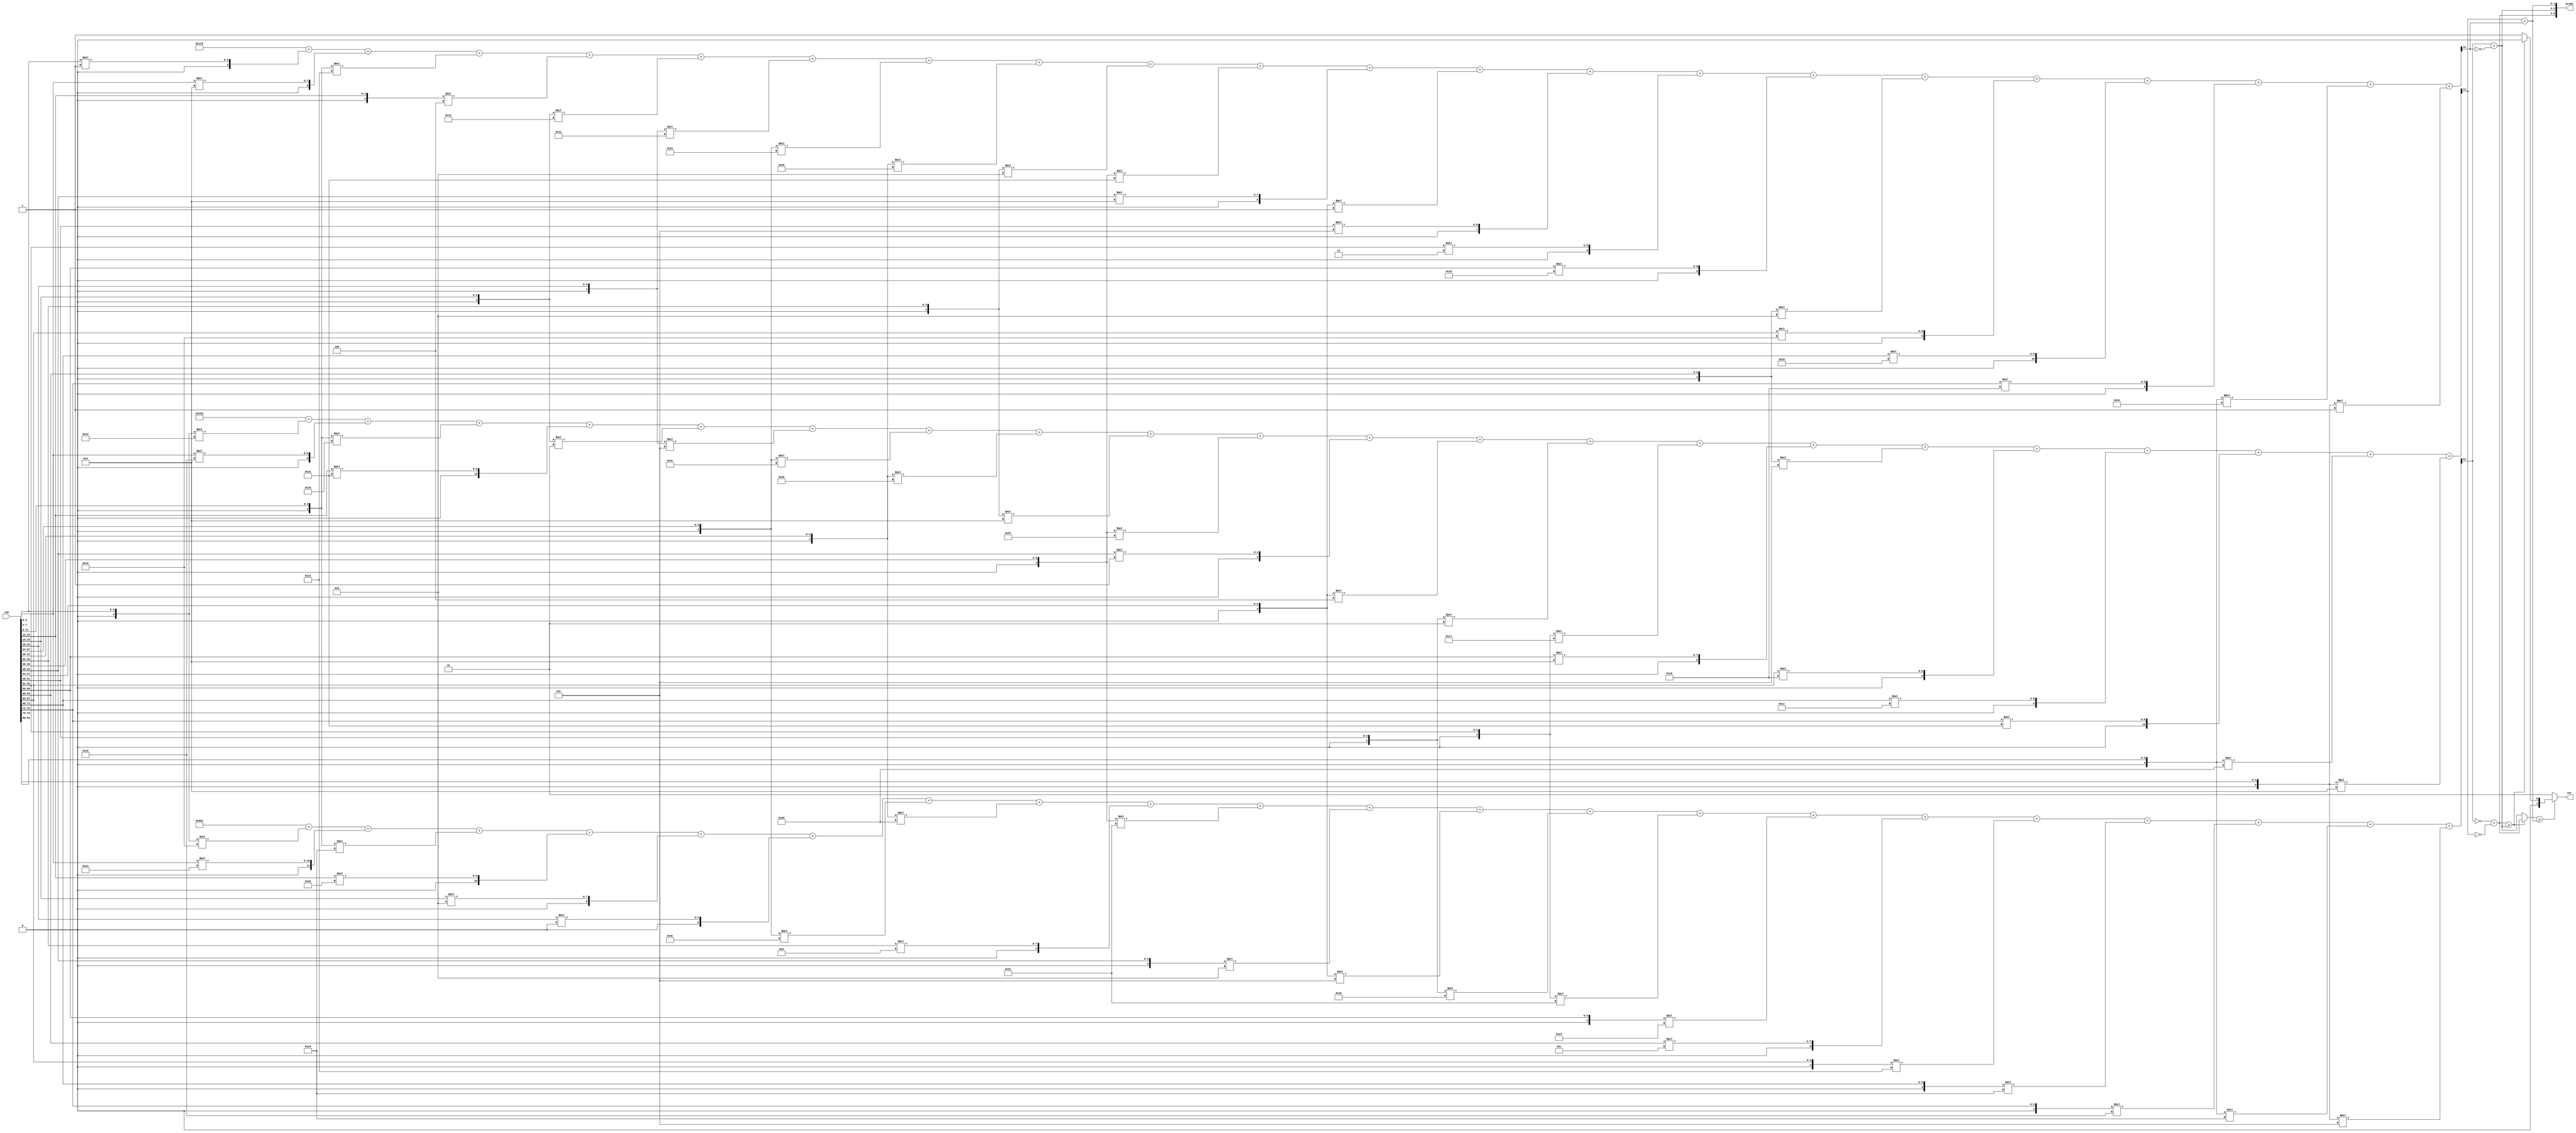
//weights: [[-12, 68, -28, 42, 8, 0, -36, -40, 9, -20, -8, -3, -16, -20, -17, 12, -13, -28, -11, -28, -3], [-29, 21, -10, 34, -2, -3, -52, -46, -6, -33, 1, -4, -2, -9, 10, -3, 25, 28, 34, -40, -6], [1, 10, -13, -4, -14, -15, -31, -23, -8, -30, 10, -1, 5, 3, 24, -8, 20, 37, 25, -18, -1]]
//intercepts: [1374, 346, -231]
//act size: [4, 13]
//pred num: 3
module top (inp, predo, out);
input [83:0] inp;
output [5:0] predo;
output [1:0] out;

// classifier: 0
    wire signed [11:0] n_0_0_po_0;
    //weight -12: 8'sb11110100
    assign n_0_0_po_0 = $signed({1'b0, inp[3:0]}) * 8'sb11110100;

    wire signed [11:0] n_0_0_po_1;
    //weight 68: 8'sb01000100
    assign n_0_0_po_1 = $signed({1'b0, inp[7:4]}) * 8'sb01000100;

    wire signed [11:0] n_0_0_po_2;
    //weight -28: 8'sb11100100
    assign n_0_0_po_2 = $signed({1'b0, inp[11:8]}) * 8'sb11100100;

    wire signed [11:0] n_0_0_po_3;
    //weight 42: 8'sb00101010
    assign n_0_0_po_3 = $signed({1'b0, inp[15:12]}) * 8'sb00101010;

    wire signed [11:0] n_0_0_po_4;
    //weight 8: 8'sb00001000
    assign n_0_0_po_4 = $signed({1'b0, inp[19:16]}) * 8'sb00001000;

    wire signed [11:0] n_0_0_po_5;
    //weight 0: 8'sb00000000
    assign n_0_0_po_5 = $signed({1'b0, inp[23:20]}) * 8'sb00000000;

    wire signed [11:0] n_0_0_po_6;
    //weight -36: 8'sb11011100
    assign n_0_0_po_6 = $signed({1'b0, inp[27:24]}) * 8'sb11011100;

    wire signed [11:0] n_0_0_po_7;
    //weight -40: 8'sb11011000
    assign n_0_0_po_7 = $signed({1'b0, inp[31:28]}) * 8'sb11011000;

    wire signed [11:0] n_0_0_po_8;
    //weight 9: 8'sb00001001
    assign n_0_0_po_8 = $signed({1'b0, inp[35:32]}) * 8'sb00001001;

    wire signed [11:0] n_0_0_po_9;
    //weight -20: 8'sb11101100
    assign n_0_0_po_9 = $signed({1'b0, inp[39:36]}) * 8'sb11101100;

    wire signed [11:0] n_0_0_po_10;
    //weight -8: 8'sb11111000
    assign n_0_0_po_10 = $signed({1'b0, inp[43:40]}) * 8'sb11111000;

    wire signed [11:0] n_0_0_po_11;
    //weight -3: 8'sb11111101
    assign n_0_0_po_11 = $signed({1'b0, inp[47:44]}) * 8'sb11111101;

    wire signed [11:0] n_0_0_po_12;
    //weight -16: 8'sb11110000
    assign n_0_0_po_12 = $signed({1'b0, inp[51:48]}) * 8'sb11110000;

    wire signed [11:0] n_0_0_po_13;
    //weight -20: 8'sb11101100
    assign n_0_0_po_13 = $signed({1'b0, inp[55:52]}) * 8'sb11101100;

    wire signed [11:0] n_0_0_po_14;
    //weight -17: 8'sb11101111
    assign n_0_0_po_14 = $signed({1'b0, inp[59:56]}) * 8'sb11101111;

    wire signed [11:0] n_0_0_po_15;
    //weight 12: 8'sb00001100
    assign n_0_0_po_15 = $signed({1'b0, inp[63:60]}) * 8'sb00001100;

    wire signed [11:0] n_0_0_po_16;
    //weight -13: 8'sb11110011
    assign n_0_0_po_16 = $signed({1'b0, inp[67:64]}) * 8'sb11110011;

    wire signed [11:0] n_0_0_po_17;
    //weight -28: 8'sb11100100
    assign n_0_0_po_17 = $signed({1'b0, inp[71:68]}) * 8'sb11100100;

    wire signed [11:0] n_0_0_po_18;
    //weight -11: 8'sb11110101
    assign n_0_0_po_18 = $signed({1'b0, inp[75:72]}) * 8'sb11110101;

    wire signed [11:0] n_0_0_po_19;
    //weight -28: 8'sb11100100
    assign n_0_0_po_19 = $signed({1'b0, inp[79:76]}) * 8'sb11100100;

    wire signed [11:0] n_0_0_po_20;
    //weight -3: 8'sb11111101
    assign n_0_0_po_20 = $signed({1'b0, inp[83:80]}) * 8'sb11111101;

    wire signed [12:0] n_0_0_sum;
    assign n_0_0_sum = 1374 + n_0_0_po_0 + n_0_0_po_1 + n_0_0_po_2 + n_0_0_po_3 + n_0_0_po_4 + n_0_0_po_5 + n_0_0_po_6 + n_0_0_po_7 + n_0_0_po_8 + n_0_0_po_9 + n_0_0_po_10 + n_0_0_po_11 + n_0_0_po_12 + n_0_0_po_13 + n_0_0_po_14 + n_0_0_po_15 + n_0_0_po_16 + n_0_0_po_17 + n_0_0_po_18 + n_0_0_po_19 + n_0_0_po_20;
    wire n_0_0;
    assign n_0_0 = n_0_0_sum[12];

// classifier: 1
    wire signed [11:0] n_0_1_po_0;
    //weight -29: 8'sb11100011
    assign n_0_1_po_0 = $signed({1'b0, inp[3:0]}) * 8'sb11100011;

    wire signed [11:0] n_0_1_po_1;
    //weight 21: 8'sb00010101
    assign n_0_1_po_1 = $signed({1'b0, inp[7:4]}) * 8'sb00010101;

    wire signed [11:0] n_0_1_po_2;
    //weight -10: 8'sb11110110
    assign n_0_1_po_2 = $signed({1'b0, inp[11:8]}) * 8'sb11110110;

    wire signed [11:0] n_0_1_po_3;
    //weight 34: 8'sb00100010
    assign n_0_1_po_3 = $signed({1'b0, inp[15:12]}) * 8'sb00100010;

    wire signed [11:0] n_0_1_po_4;
    //weight -2: 8'sb11111110
    assign n_0_1_po_4 = $signed({1'b0, inp[19:16]}) * 8'sb11111110;

    wire signed [11:0] n_0_1_po_5;
    //weight -3: 8'sb11111101
    assign n_0_1_po_5 = $signed({1'b0, inp[23:20]}) * 8'sb11111101;

    wire signed [11:0] n_0_1_po_6;
    //weight -52: 8'sb11001100
    assign n_0_1_po_6 = $signed({1'b0, inp[27:24]}) * 8'sb11001100;

    wire signed [11:0] n_0_1_po_7;
    //weight -46: 8'sb11010010
    assign n_0_1_po_7 = $signed({1'b0, inp[31:28]}) * 8'sb11010010;

    wire signed [11:0] n_0_1_po_8;
    //weight -6: 8'sb11111010
    assign n_0_1_po_8 = $signed({1'b0, inp[35:32]}) * 8'sb11111010;

    wire signed [11:0] n_0_1_po_9;
    //weight -33: 8'sb11011111
    assign n_0_1_po_9 = $signed({1'b0, inp[39:36]}) * 8'sb11011111;

    wire signed [11:0] n_0_1_po_10;
    //weight 1: 8'sb00000001
    assign n_0_1_po_10 = $signed({1'b0, inp[43:40]}) * 8'sb00000001;

    wire signed [11:0] n_0_1_po_11;
    //weight -4: 8'sb11111100
    assign n_0_1_po_11 = $signed({1'b0, inp[47:44]}) * 8'sb11111100;

    wire signed [11:0] n_0_1_po_12;
    //weight -2: 8'sb11111110
    assign n_0_1_po_12 = $signed({1'b0, inp[51:48]}) * 8'sb11111110;

    wire signed [11:0] n_0_1_po_13;
    //weight -9: 8'sb11110111
    assign n_0_1_po_13 = $signed({1'b0, inp[55:52]}) * 8'sb11110111;

    wire signed [11:0] n_0_1_po_14;
    //weight 10: 8'sb00001010
    assign n_0_1_po_14 = $signed({1'b0, inp[59:56]}) * 8'sb00001010;

    wire signed [11:0] n_0_1_po_15;
    //weight -3: 8'sb11111101
    assign n_0_1_po_15 = $signed({1'b0, inp[63:60]}) * 8'sb11111101;

    wire signed [11:0] n_0_1_po_16;
    //weight 25: 8'sb00011001
    assign n_0_1_po_16 = $signed({1'b0, inp[67:64]}) * 8'sb00011001;

    wire signed [11:0] n_0_1_po_17;
    //weight 28: 8'sb00011100
    assign n_0_1_po_17 = $signed({1'b0, inp[71:68]}) * 8'sb00011100;

    wire signed [11:0] n_0_1_po_18;
    //weight 34: 8'sb00100010
    assign n_0_1_po_18 = $signed({1'b0, inp[75:72]}) * 8'sb00100010;

    wire signed [11:0] n_0_1_po_19;
    //weight -40: 8'sb11011000
    assign n_0_1_po_19 = $signed({1'b0, inp[79:76]}) * 8'sb11011000;

    wire signed [11:0] n_0_1_po_20;
    //weight -6: 8'sb11111010
    assign n_0_1_po_20 = $signed({1'b0, inp[83:80]}) * 8'sb11111010;

    wire signed [12:0] n_0_1_sum;
    assign n_0_1_sum = 346 + n_0_1_po_0 + n_0_1_po_1 + n_0_1_po_2 + n_0_1_po_3 + n_0_1_po_4 + n_0_1_po_5 + n_0_1_po_6 + n_0_1_po_7 + n_0_1_po_8 + n_0_1_po_9 + n_0_1_po_10 + n_0_1_po_11 + n_0_1_po_12 + n_0_1_po_13 + n_0_1_po_14 + n_0_1_po_15 + n_0_1_po_16 + n_0_1_po_17 + n_0_1_po_18 + n_0_1_po_19 + n_0_1_po_20;
    wire n_0_1;
    assign n_0_1 = n_0_1_sum[12];

// classifier: 2
    wire signed [11:0] n_0_2_po_0;
    //weight 1: 8'sb00000001
    assign n_0_2_po_0 = $signed({1'b0, inp[3:0]}) * 8'sb00000001;

    wire signed [11:0] n_0_2_po_1;
    //weight 10: 8'sb00001010
    assign n_0_2_po_1 = $signed({1'b0, inp[7:4]}) * 8'sb00001010;

    wire signed [11:0] n_0_2_po_2;
    //weight -13: 8'sb11110011
    assign n_0_2_po_2 = $signed({1'b0, inp[11:8]}) * 8'sb11110011;

    wire signed [11:0] n_0_2_po_3;
    //weight -4: 8'sb11111100
    assign n_0_2_po_3 = $signed({1'b0, inp[15:12]}) * 8'sb11111100;

    wire signed [11:0] n_0_2_po_4;
    //weight -14: 8'sb11110010
    assign n_0_2_po_4 = $signed({1'b0, inp[19:16]}) * 8'sb11110010;

    wire signed [11:0] n_0_2_po_5;
    //weight -15: 8'sb11110001
    assign n_0_2_po_5 = $signed({1'b0, inp[23:20]}) * 8'sb11110001;

    wire signed [11:0] n_0_2_po_6;
    //weight -31: 8'sb11100001
    assign n_0_2_po_6 = $signed({1'b0, inp[27:24]}) * 8'sb11100001;

    wire signed [11:0] n_0_2_po_7;
    //weight -23: 8'sb11101001
    assign n_0_2_po_7 = $signed({1'b0, inp[31:28]}) * 8'sb11101001;

    wire signed [11:0] n_0_2_po_8;
    //weight -8: 8'sb11111000
    assign n_0_2_po_8 = $signed({1'b0, inp[35:32]}) * 8'sb11111000;

    wire signed [11:0] n_0_2_po_9;
    //weight -30: 8'sb11100010
    assign n_0_2_po_9 = $signed({1'b0, inp[39:36]}) * 8'sb11100010;

    wire signed [11:0] n_0_2_po_10;
    //weight 10: 8'sb00001010
    assign n_0_2_po_10 = $signed({1'b0, inp[43:40]}) * 8'sb00001010;

    wire signed [11:0] n_0_2_po_11;
    //weight -1: 8'sb11111111
    assign n_0_2_po_11 = $signed({1'b0, inp[47:44]}) * 8'sb11111111;

    wire signed [11:0] n_0_2_po_12;
    //weight 5: 8'sb00000101
    assign n_0_2_po_12 = $signed({1'b0, inp[51:48]}) * 8'sb00000101;

    wire signed [11:0] n_0_2_po_13;
    //weight 3: 8'sb00000011
    assign n_0_2_po_13 = $signed({1'b0, inp[55:52]}) * 8'sb00000011;

    wire signed [11:0] n_0_2_po_14;
    //weight 24: 8'sb00011000
    assign n_0_2_po_14 = $signed({1'b0, inp[59:56]}) * 8'sb00011000;

    wire signed [11:0] n_0_2_po_15;
    //weight -8: 8'sb11111000
    assign n_0_2_po_15 = $signed({1'b0, inp[63:60]}) * 8'sb11111000;

    wire signed [11:0] n_0_2_po_16;
    //weight 20: 8'sb00010100
    assign n_0_2_po_16 = $signed({1'b0, inp[67:64]}) * 8'sb00010100;

    wire signed [11:0] n_0_2_po_17;
    //weight 37: 8'sb00100101
    assign n_0_2_po_17 = $signed({1'b0, inp[71:68]}) * 8'sb00100101;

    wire signed [11:0] n_0_2_po_18;
    //weight 25: 8'sb00011001
    assign n_0_2_po_18 = $signed({1'b0, inp[75:72]}) * 8'sb00011001;

    wire signed [11:0] n_0_2_po_19;
    //weight -18: 8'sb11101110
    assign n_0_2_po_19 = $signed({1'b0, inp[79:76]}) * 8'sb11101110;

    wire signed [11:0] n_0_2_po_20;
    //weight -1: 8'sb11111111
    assign n_0_2_po_20 = $signed({1'b0, inp[83:80]}) * 8'sb11111111;

    wire signed [12:0] n_0_2_sum;
    assign n_0_2_sum = -231 + n_0_2_po_0 + n_0_2_po_1 + n_0_2_po_2 + n_0_2_po_3 + n_0_2_po_4 + n_0_2_po_5 + n_0_2_po_6 + n_0_2_po_7 + n_0_2_po_8 + n_0_2_po_9 + n_0_2_po_10 + n_0_2_po_11 + n_0_2_po_12 + n_0_2_po_13 + n_0_2_po_14 + n_0_2_po_15 + n_0_2_po_16 + n_0_2_po_17 + n_0_2_po_18 + n_0_2_po_19 + n_0_2_po_20;
    wire n_0_2;
    assign n_0_2 = n_0_2_sum[12];

// decisionMatrix inp: n_0_0, n_0_1, n_0_2
    wire dm_cmp_0_1, dm_cmp_1_0;
    assign dm_cmp_0_1 = ~n_0_0;
    assign dm_cmp_1_0 = n_0_0;

    wire dm_cmp_0_2, dm_cmp_2_0;
    assign dm_cmp_0_2 = ~n_0_1;
    assign dm_cmp_2_0 = n_0_1;

    wire dm_cmp_1_2, dm_cmp_2_1;
    assign dm_cmp_1_2 = ~n_0_2;
    assign dm_cmp_2_1 = n_0_2;

    wire [1:0] dm_sum_0;
    assign dm_sum_0 = dm_cmp_0_1 + dm_cmp_0_2;
    wire [1:0] dm_sum_1;
    assign dm_sum_1 = dm_cmp_1_0 + dm_cmp_1_2;
    wire [1:0] dm_sum_2;
    assign dm_sum_2 = dm_cmp_2_0 + dm_cmp_2_1;

    assign predo = {dm_sum_0,dm_sum_1,dm_sum_2};
// argmax: 3 classes, need 2 bits
// argmax inp: dm_sum_0, dm_sum_1, dm_sum_2
    //comp level 0
    wire cmp_0_0;
    wire [1:0] argmax_val_0_0;
    wire [1:0] argmax_idx_0_0;
    assign {cmp_0_0} = ( dm_sum_0 >= dm_sum_1 );
    assign {argmax_val_0_0} = ( cmp_0_0 ) ? dm_sum_0 : dm_sum_1;
    assign {argmax_idx_0_0} = ( cmp_0_0 ) ? 2'b00 : 2'b01;

    //comp level 1
    wire cmp_1_0;
    wire [1:0] argmax_val_1_0;
    wire [1:0] argmax_idx_1_0;
    assign {cmp_1_0} = ( argmax_val_0_0 >= dm_sum_2 );
    assign {argmax_val_1_0} = ( cmp_1_0 ) ? argmax_val_0_0 : dm_sum_2;
    assign {argmax_idx_1_0} = ( cmp_1_0 ) ? argmax_idx_0_0 : 2'b10;

    assign out = argmax_idx_1_0;

endmodule